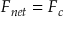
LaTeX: F _ { n e t } = F _ { c }